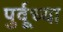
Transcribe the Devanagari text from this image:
पुर्वूच्या